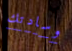
وسادتك